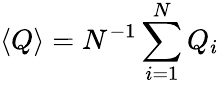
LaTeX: \langle Q\rangle=N^{-1}\sum_{i=1}^{N}Q_{i}